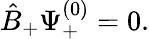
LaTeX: {\hat{B}}_{+}\Psi_{+}^{(0)}=0.